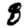
Digit: 8